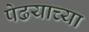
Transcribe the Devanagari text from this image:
पेढयाच्या